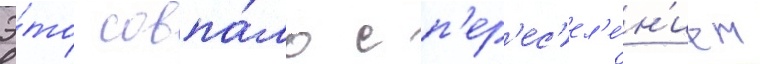
Э́то совпа́ло с п'ер'ес'ел'е́н'ием